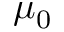
\mu _ { 0 }